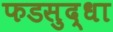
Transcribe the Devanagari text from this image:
फडसुद्धा